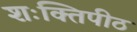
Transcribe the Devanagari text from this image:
शःक्तिपीठ